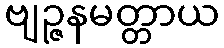
ဗျဉ္ဇနမတ္တာယ